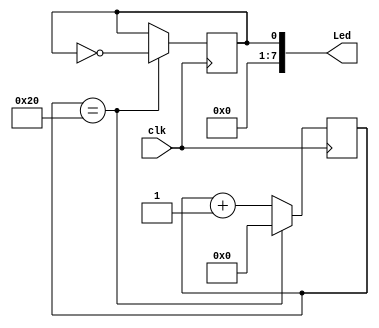
`timescale 1ns / 1ps
//////////////////////////////////////////////////////////////////////////////////
// Company: 
// Engineer: 
// 
// Design Name: 
// Module Name:    led_blink 
// Project Name: 
// Target Devices: 
// Tool versions: 
// Description: 
//
// Dependencies: 
//
// Revision: 
// Revision 0.01 - File Created
// Additional Comments: 
//
//////////////////////////////////////////////////////////////////////////////////
module led_blink(clk, Led);
	input clk;
	// Example Verilog code for the counter 
	output reg [7:0] Led; 
	reg [31:0] counter;
	
	initial begin
	  Led = 7'b0000000;
	  counter = 32'b00000000000000000000000000000000;
	end
	
	always @ (posedge clk) begin
	  counter <= counter + 32'b00000000000000000000000000000001;
	  if (counter == 32'b0000000000000000000000000100000) begin
		Led[0] <= ~Led[0];
		counter <= 32'b00000000000000000000000000000000;
	  end
	end
endmodule